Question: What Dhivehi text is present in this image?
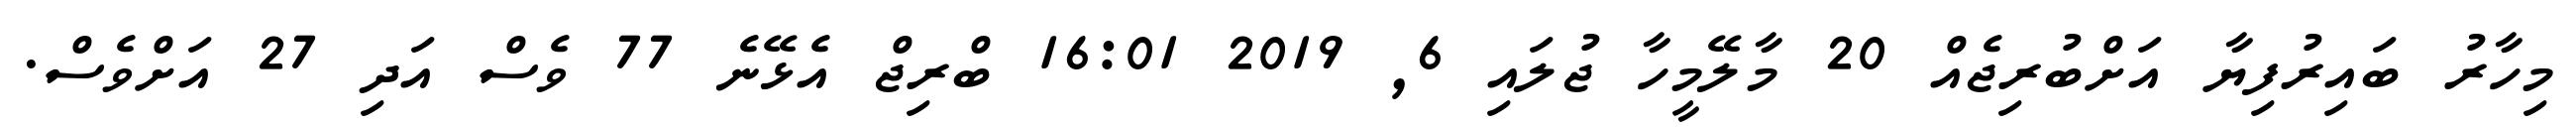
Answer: މިހާރު ބައިރުފިޔާ އަށްބުރިޖެއް 20 މާލޭމީހާ ޖުލައި 6, 2019 16:01 ބްރިޖް އެޅޭނެ 77 ވެސް އަދި 27 އަށްވެސް.